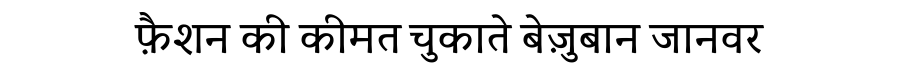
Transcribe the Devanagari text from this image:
फ़ैशन की कीमत चुकाते बेज़ुबान जानवर